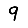
Digit: 9